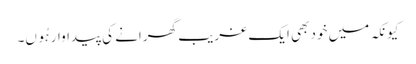
کیونکہ میں خود بھی ایک غریب گھرانے کی پیداوار ہُوں۔